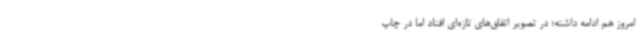
امروز هم ادامه داشته؛ در تصویر اتفاق‌های تازه‌ای افتاد اما در چاپ